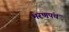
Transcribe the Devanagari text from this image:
भरणपंच